Plague in India, 1896, 1897 - Volume 3
Year: 1896
Disease focus: Plague
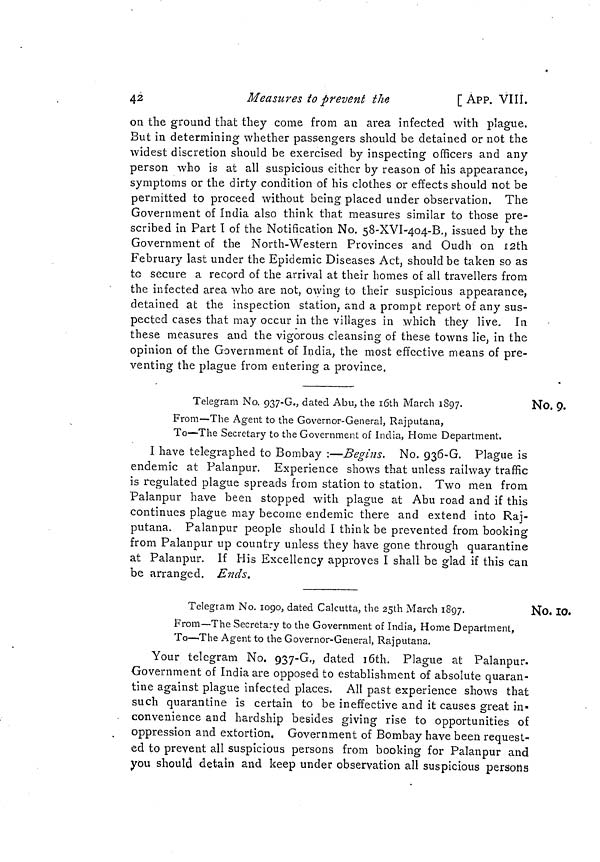
42
Measures to prevent the
[ APP. VIII.
on the ground that they come from an area infected with plague.
But in determining whether passengers should be detained or not the
widest discretion should be exercised by inspecting officers and any
person who is at all suspicious either by reason of his appearance,
symptoms or the dirty condition of his clothes or effects should not be
permitted to proceed without being placed under observation. The
Government of India also think that measures similar to those pre-
scribed in Part I of the Notification No. 58-XVI-4O4-B., issued by the
Government of the North-Western Provinces and Oudh on 12th
February last under the Epidemic Diseases Act, should be taken so as
to secure a record of the arrival at their homes of all travellers from
the infected area who are not, owing to their suspicious appearance,
detained at the inspection station, and a prompt report of any sus-
pected cases that may occur in the villages in which they live. In
these measures and the vigorous cleansing of these towns lie, in the
opinion of the Government of India, the most effective means of pre-
venting the plague from entering a province.
Telegram No. 937-G., dated Abu, the 16th March 1897.
I
From—The Agent to the Governor-General, Rajputana,
To—The Secretary to the Government of India, Home Department.
I have telegraphed to Bombay :—Begins. No. 936-G. Plague is
endemic at Palanpur. Experience shows that unless railway traffic
is regulated plague spreads from station to station. Two men from
Palanpur have been stopped with plague at Abu road and if this
continues plague may become endemic there and extend into Raj-
putana. Palanpur people should I think be prevented from booking
from Palanpur up country unless they have gone through quarantine
at Palanpur. If His Excellency approves I shall be glad if this can
be arranged. Ends.
No. 10.
Telegram No. 1090, dated Calcutta, the 25th March 1897.
N
From—The Secretary to the Government of India, Home Department,
To—The Agent to the Governor-General, Rajputana.
Your telegram No. 937-G., dated 16th, Plague at Palanpur.
Government of India are opposed to establishment of absolute quaran-
tine against plague infected places. All past experience shows that
such quarantine is certain to be ineffective and it causes great in-
convenience and hardship besides giving rise to opportunities of
oppression and extortion, Government of Bombay have been request-
ed to prevent all suspicious persons from booking for Palanpur and
you should detain and keep under observation all suspicious persons